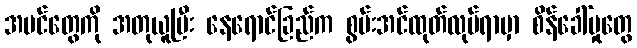
အပင်တွေကို အတုယူပြီး နေရောင်ခြည်က စွမ်းအင်ထုတ်လုပ်ရာမှာ စိန်ခေါ်မှုတွေ